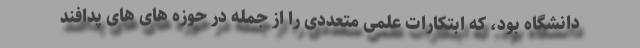
دانشگاه بود، که ابتکارات علمی متعددی را از جمله در حوزه های های پدافند